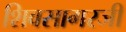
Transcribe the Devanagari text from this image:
शिवसागरजी